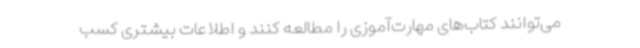
می‌توانند کتاب‌های مهارت‌آموزی را مطالعه کنند و اطلاعات بیشتری کسب